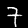
Digit: 7